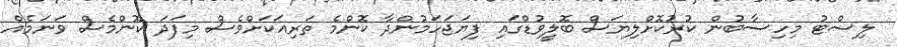
ލިސްޓު މިހިސާބުން ކުރުކޮށްލިޔަސް ބޮލީވުޑްގައި ފިޔަޖަހަމުންދާ ކޮންމެ ތަރިއަކަށްވެސް މިފަދަ ކޮންމެސް ވަނަމެއް